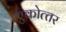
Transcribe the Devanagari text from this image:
एकोत्‍तर